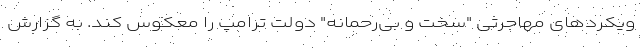
ویکردهای مهاجرتی "سخت و بی‌رحمانه" دولت ترامپ را معکوس کند. به گزارش